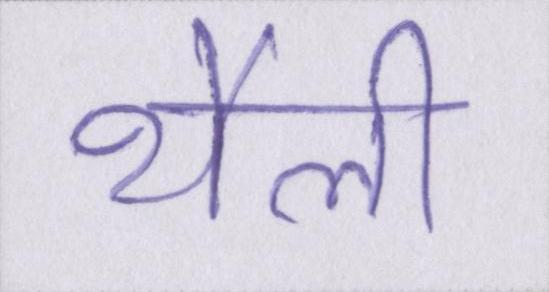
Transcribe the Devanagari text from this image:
थैली